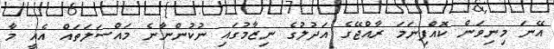
އޭނަ މިނިވަން ކޮއްފިނަމަ ރާއްޖޭގެ އަދުލުގެ ނިޒާމުގައި ނުކުންނާނެ މައްސަލަތައް އެއީ މާ